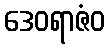
ဒေဝရာဇံဝ